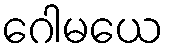
ဂေါမယေ